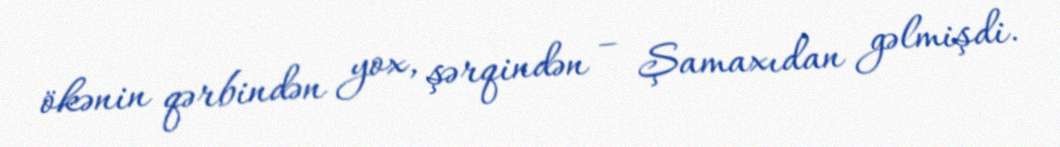
ökənin qərbindən yox, şərqindən – Şamaxıdan gəlmişdi.